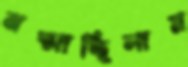
ঝল্‌সাচ্ছিলাম